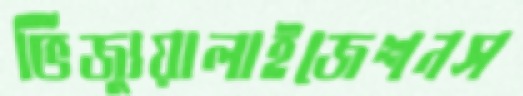
ভিজ্যুয়ালাইজেশনস